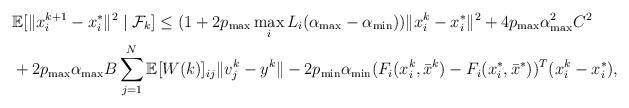
LaTeX: \begin{align*} &\mathbb{E}[ \|x^{k+1}_i - x^*_i\|^2 \mid\mathcal{F}_k] \leq (1+2p_{\max} \max_i L_i(\alpha_{\max}-\alpha_{\min}) )\|x_i^k-x^*_i \|^2 + 4p_{\max}\alpha_{\max}^2 C^2 \cr &+2p_{\max}\alpha_{\max} B \sum_{j=1}^N \mathbb{E}[W(k)]_{ij}\|v^k_j-y^k\| - 2p_{\min}\alpha_{\min} (F_i(x_i^k,\bar x^k) -F_i(x^*_i,\bar x^*))^T(x^k_i-x^*_i),\end{align*}